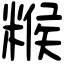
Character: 糇